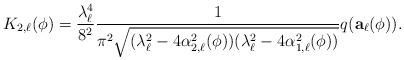
LaTeX: \begin{align*} K_{2,\ell }(\phi) = \frac{\lambda_{\ell}^4}{8^2} \frac{1}{ \pi ^{2} \sqrt{(\lambda _{\ell }^{2}-4\alpha _{2,\ell }^{2}(\phi))(\lambda _{\ell }^{2}-4\alpha _{1,\ell }^{2}(\phi )) }} q (\mathbf{a}_{\ell}(\phi)).\end{align*}